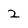
Character: 2